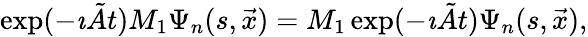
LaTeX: \exp(-\imath\tilde{A}t)M_{1}\Psi_{n}(s,\vec{x})=M_{1}\exp(-\imath\tilde{A}t)\Psi_{n}(s,\vec{x}),